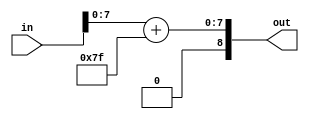
`timescale 1ns / 1ps
//////////////////////////////////////////////////////////////////////////////////
// Company: 
// Engineer: 
// 
// Design Name: 
// Module Name: realmultexp
// Project Name: 
// Target Devices: 
// Tool Versions: 
// Description: 
// 
// Dependencies: 
// 
// Revision:
// Revision 0.01 - File Created
// Additional Comments:
// 
//////////////////////////////////////////////////////////////////////////////////


module realmultexp(
input [8:0] in,
output reg [8:0] out
    );
    
reg [8:0] signout;
    
always @ (*)
begin
signout = in + 127;
out = signout [7:0];
end    
endmodule